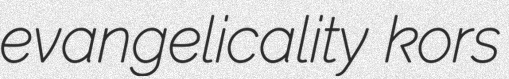
evangelicality kors